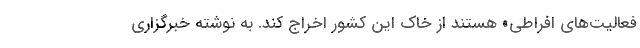
فعالیت‌های افراطی» هستند از خاک این کشور اخراج کند. به نوشته خبرگزاری